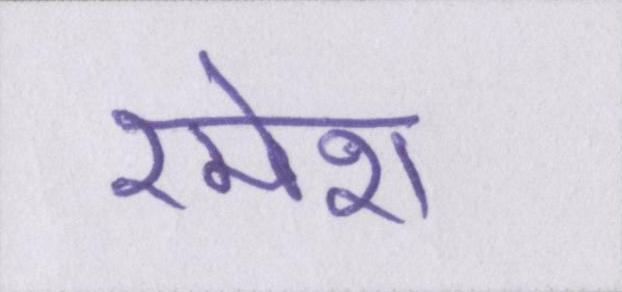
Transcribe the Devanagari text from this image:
रमेश